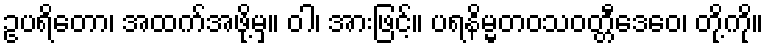
ဥပရိတော၊ အထက်အဖို့မှ။ ဝါ၊ အားဖြင့်။ ပရနိမ္မတဝသဝတ္တီဒေဝေ၊ တို့ကို။